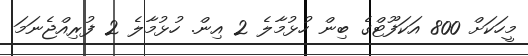
މީހަކަށް 800 އަކަފޫޓްގެ ބިން ހުޅުމާލެ 2 އިން. ހުޅުމާލެ 2 ފުރިއްޖެނަމަ